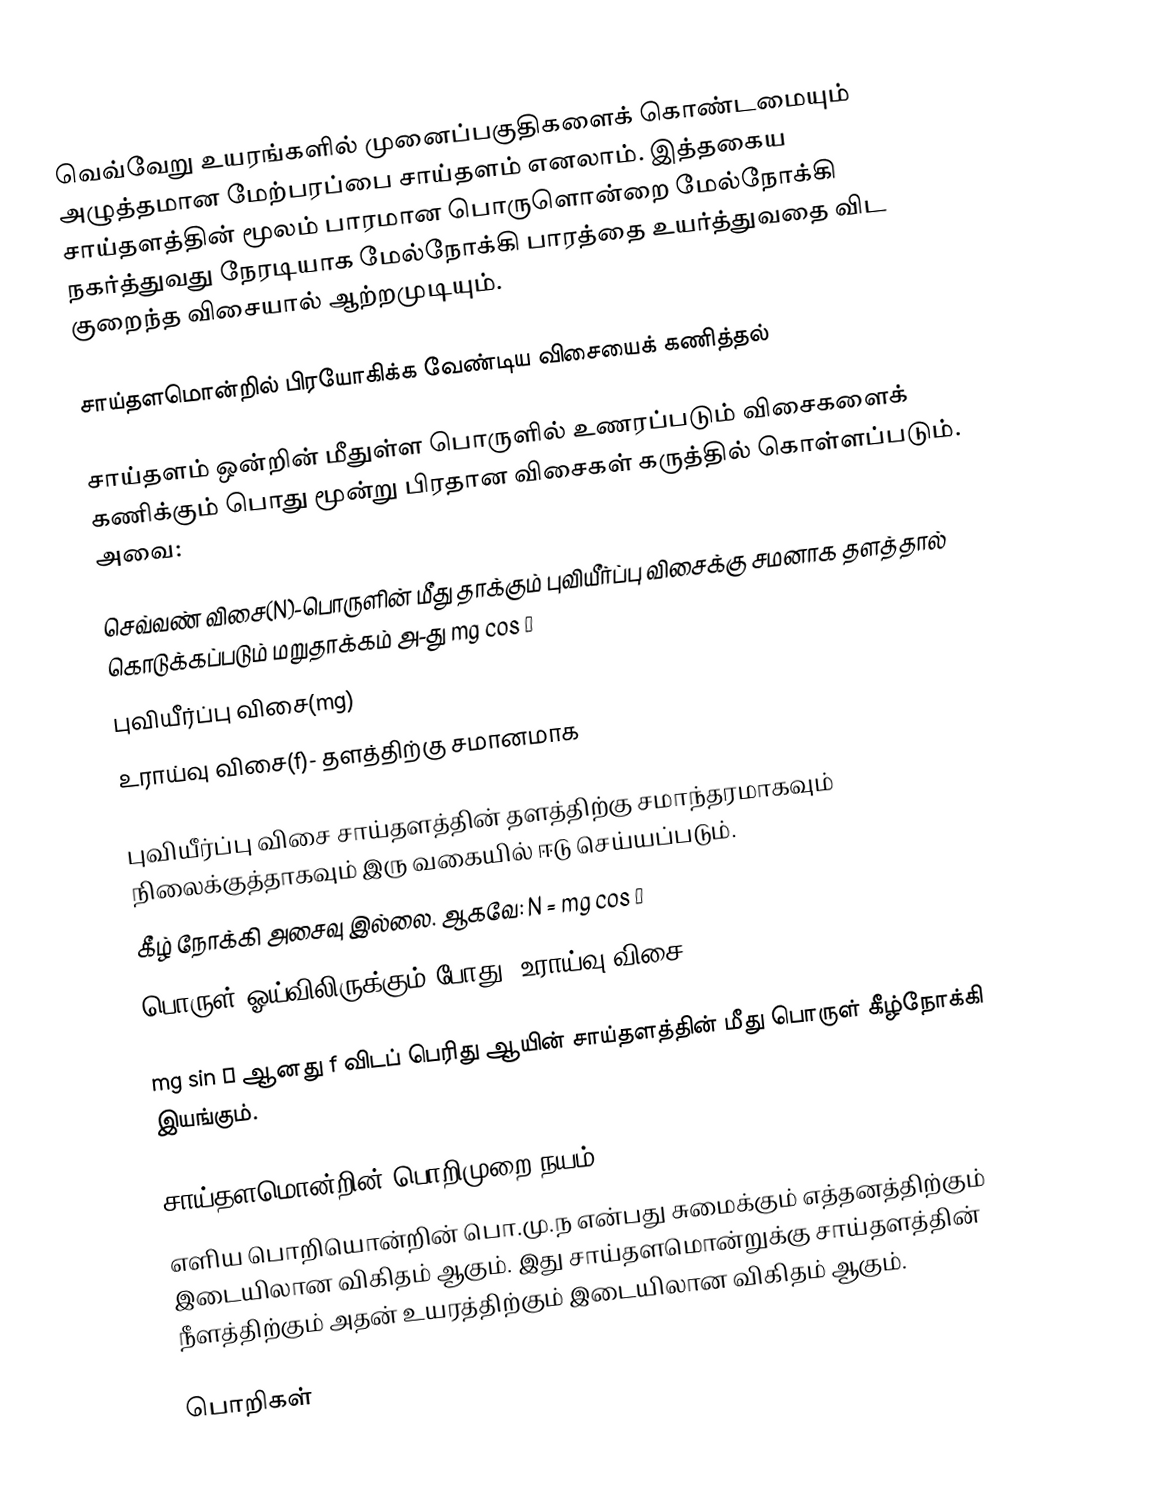
வெவ்வேறு உயரங்களில் முனைப்பகுதிகளைக் கொண்டமையும் அழுத்தமான மேற்பரப்பை சாய்தளம் எனலாம். இத்தகைய சாய்தளத்தின் மூலம் பாரமான பொருளொன்றை மேல்நோக்கி நகர்த்துவது நேரடியாக மேல்நோக்கி பாரத்தை உயர்த்துவதை விட குறைந்த விசையால் ஆற்றமுடியும்.

சாய்தளமொன்றில் பிரயோகிக்க வேண்டிய விசையைக் கணித்தல்

சாய்தளம் ஒன்றின் மீதுள்ள பொருளில் உணரப்படும் விசைகளைக் கணிக்கும் பொது மூன்று பிரதான விசைகள் கருத்தில் கொள்ளப்படும். அவை:

 செவ்வண் விசை(N)-பொருளின் மீது தாக்கும் புவியீர்ப்பு விசைக்கு சமனாக தளத்தால் கொடுக்கப்படும் மறுதாக்கம் அ-து mg cos θ
 புவியீர்ப்பு விசை(mg)
 உராய்வு விசை(f)- தளத்திற்கு சமானமாக

புவியீர்ப்பு விசை சாய்தளத்தின் தளத்திற்கு சமாந்தரமாகவும் நிலைக்குத்தாகவும் இரு வகையில் ஈடு செய்யப்படும்.
 கீழ் நோக்கி அசைவு இல்லை. ஆகவே: N = mg cos θ
 பொருள் ஓய்விலிருக்கும் போது: உராய்வு விசை f = mg sin θ

 mg sin θ ஆனது f விடப் பெரிது ஆயின் சாய்தளத்தின் மீது பொருள் கீழ்நோக்கி இயங்கும்.

சாய்தளமொன்றின் பொறிமுறை நயம்
எளிய பொறியொன்றின் பொ.மு.ந என்பது சுமைக்கும் எத்தனத்திற்கும் இடையிலான விகிதம் ஆகும். இது சாய்தளமொன்றுக்கு சாய்தளத்தின் நீளத்திற்கும் அதன் உயரத்திற்கும் இடையிலான விகிதம் ஆகும்.

பொறிகள்